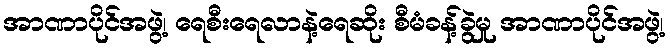
အာဏာပိုင်အဖွဲ့၊ ရေစီးရေလာနဲ့ရေဆိုး စီမံခန့်ခွဲမှု အာဏာပိုင်အဖွဲ့၊